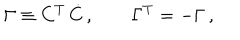
\Gamma \equiv C ^ { T } \, \dot { C } \, , \qquad \Gamma ^ { T } = - \Gamma \, ,